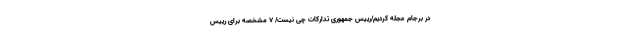
در برجام عجله کردیم/رییس جمهوری تدارکات چی نیست/ 7 مشخصه برای رییس